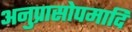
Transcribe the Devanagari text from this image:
अनुप्रासोपमादि